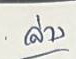
ล่าง